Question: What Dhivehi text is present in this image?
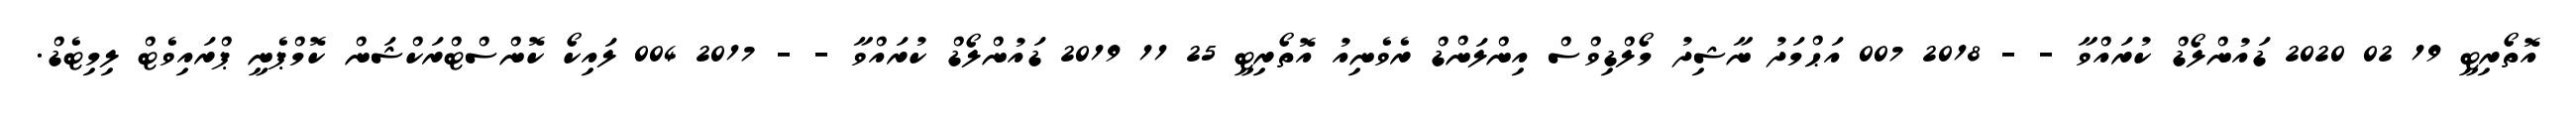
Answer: އޮތޯރިޓީ 19 02 2020 ޑައުންލޯޑް ކުރައްވާ - - 2018 007 އަޙްމަދު ނާޝިދު މޯލްޑިވްސް އިންލަންޑް ރެވެނިއު އޮތޯރިޓީ 25 11 2019 ޑައުންލޯޑް ކުރައްވާ - - 2017 004 ލައިކޯ ކޮންސްޓްރަކްޝަން ކޮމްޕެނީ ޕްރައިވެޓް ލިމިޓެޑް.